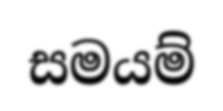
සමයම්